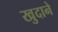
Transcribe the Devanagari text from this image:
खुदाने